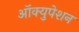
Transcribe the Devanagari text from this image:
ऑक्युपेशन